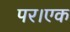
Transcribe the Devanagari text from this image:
पर।एक